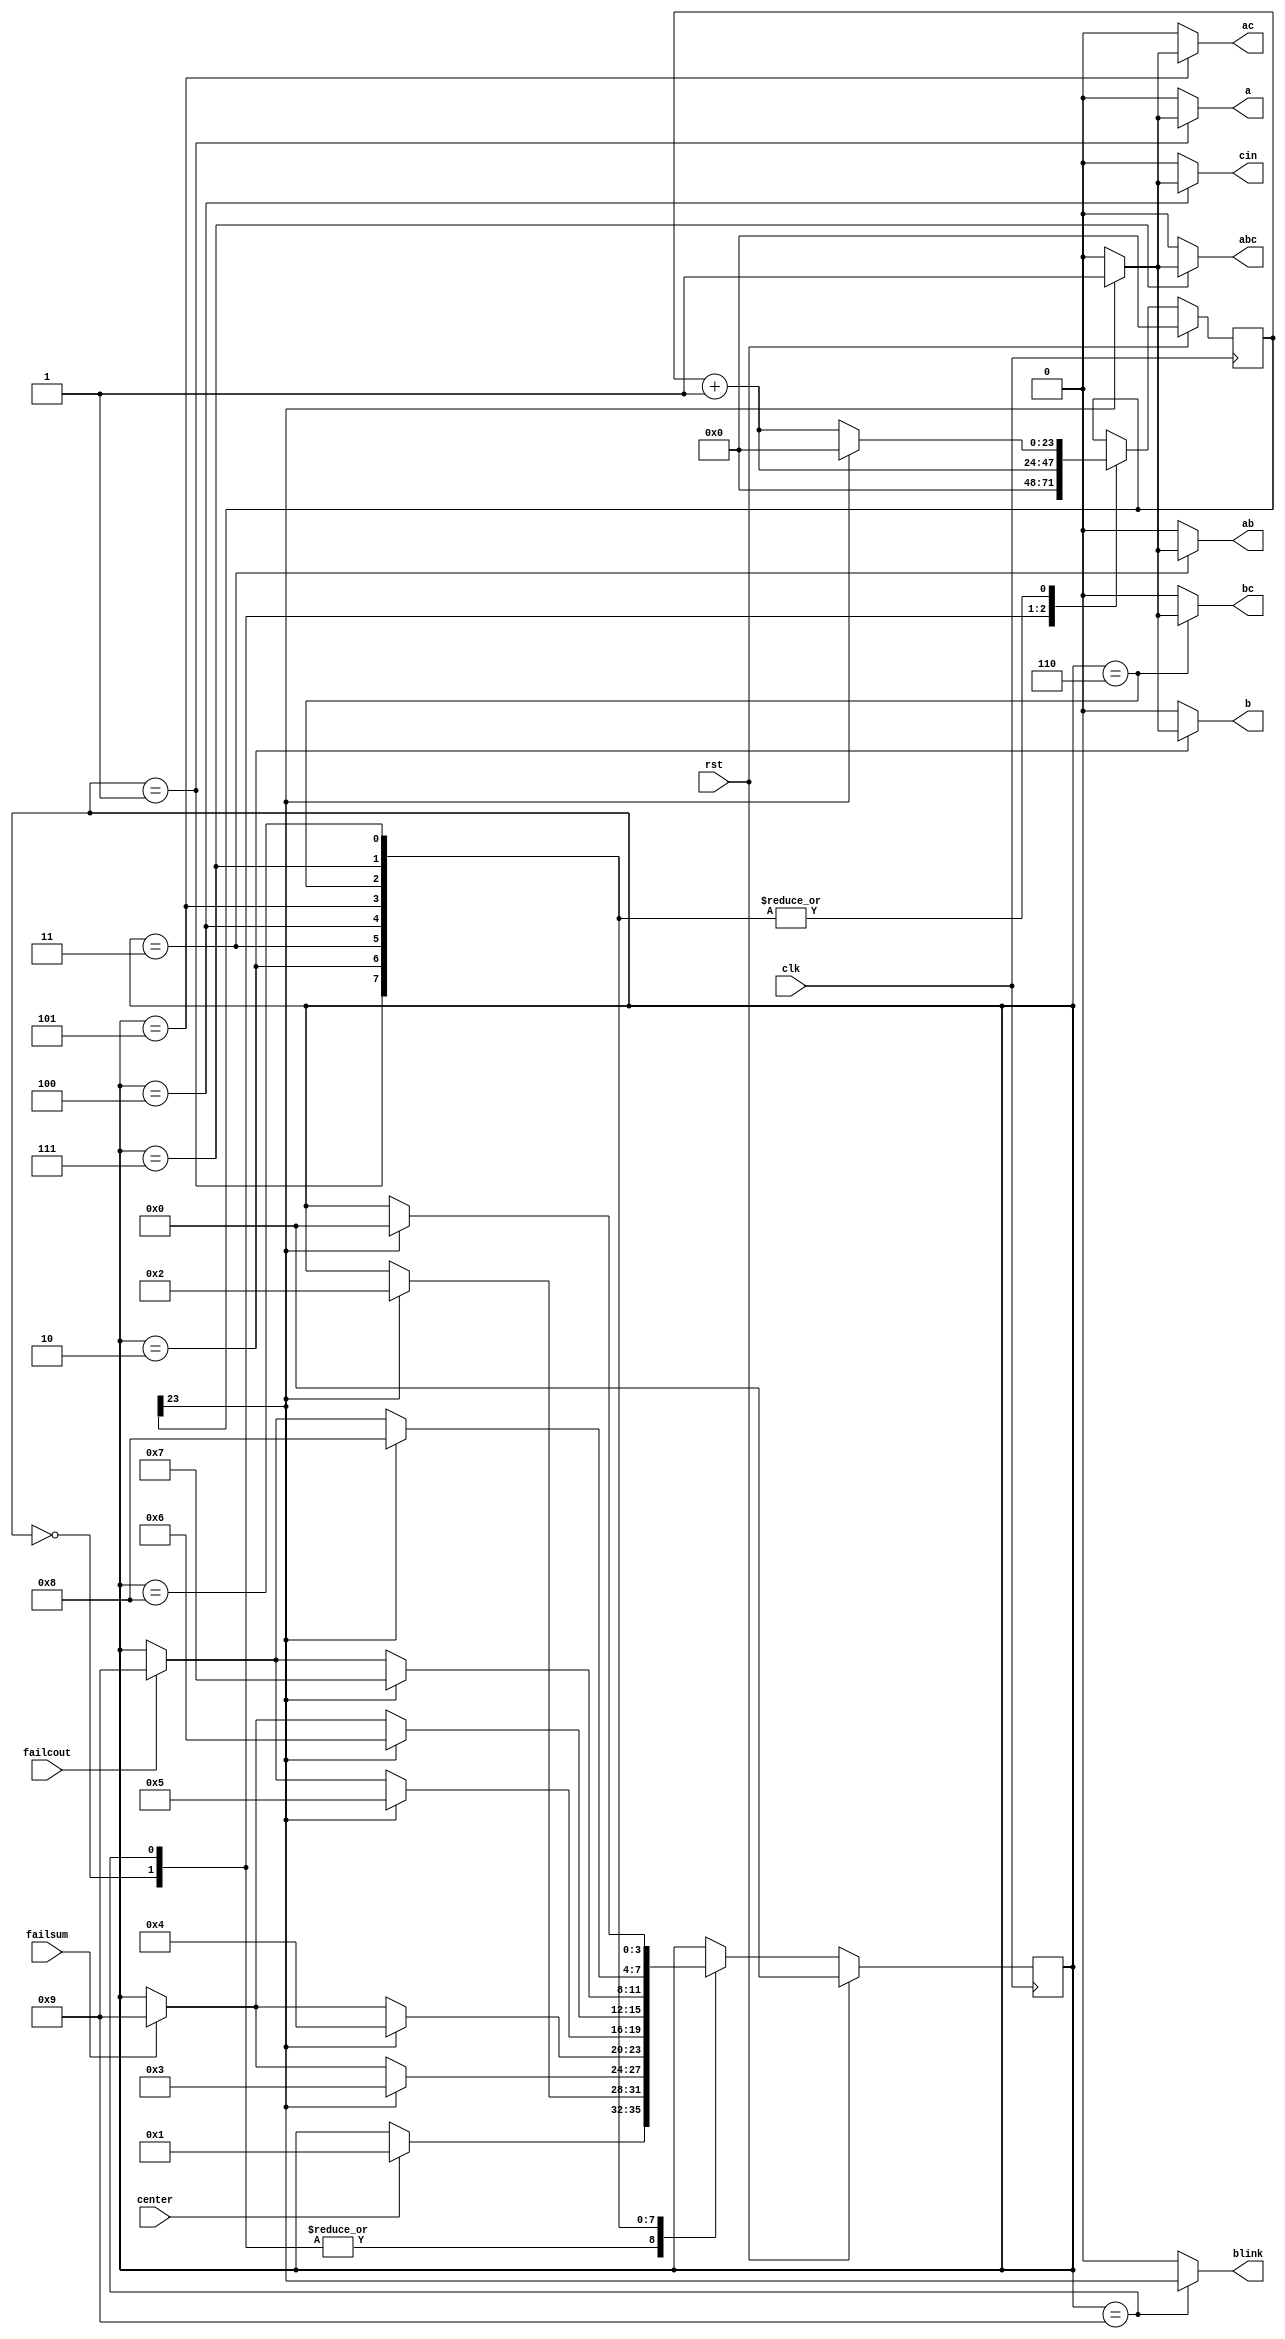
/*
   This file was generated automatically by the Mojo IDE version B1.3.6.
   Do not edit this file directly. Instead edit the original Lucid source.
   This is a temporary file and any changes made to it will be destroyed.
*/

module myFSM_2 (
    input clk,
    input rst,
    input center,
    input failsum,
    input failcout,
    output reg a,
    output reg b,
    output reg ab,
    output reg cin,
    output reg ac,
    output reg bc,
    output reg abc,
    output reg blink
  );
  
  
  
  localparam IDLE_state = 4'd0;
  localparam TEST_state = 4'd1;
  localparam A_state = 4'd2;
  localparam B_state = 4'd3;
  localparam AB_state = 4'd4;
  localparam CIN_state = 4'd5;
  localparam AC_state = 4'd6;
  localparam BC_state = 4'd7;
  localparam ABC_state = 4'd8;
  localparam FAILED_state = 4'd9;
  
  reg [3:0] M_state_d, M_state_q = IDLE_state;
  
  reg [23:0] M_counter_d, M_counter_q = 1'h0;
  
  always @* begin
    M_state_d = M_state_q;
    M_counter_d = M_counter_q;
    
    a = 1'h0;
    b = 1'h0;
    ab = 1'h0;
    cin = 1'h0;
    ac = 1'h0;
    bc = 1'h0;
    abc = 1'h0;
    blink = 1'h0;
    
    case (M_state_q)
      IDLE_state: begin
        M_counter_d = 1'h0;
        if (center) begin
          M_state_d = TEST_state;
        end
      end
      FAILED_state: begin
        M_counter_d = M_counter_q + 1'h1;
        blink = M_counter_q[23+0-:1];
        if (center) begin
          M_state_d = TEST_state;
        end
      end
      TEST_state: begin
        M_counter_d = M_counter_q + 1'h1;
        if (M_counter_q[23+0-:1]) begin
          M_counter_d = 1'h0;
          M_state_d = A_state;
          a = 1'h1;
          b = 1'h0;
          ab = 1'h0;
          cin = 1'h0;
          ac = 1'h0;
          bc = 1'h0;
          abc = 1'h0;
        end
      end
      A_state: begin
        M_counter_d = M_counter_q + 1'h1;
        if (failsum) begin
          M_state_d = FAILED_state;
        end
        if (M_counter_q[23+0-:1]) begin
          M_counter_d = 1'h0;
          M_state_d = B_state;
          a = 1'h0;
          b = 1'h1;
          ab = 1'h0;
          cin = 1'h0;
          ac = 1'h0;
          bc = 1'h0;
          abc = 1'h0;
        end
      end
      B_state: begin
        M_counter_d = M_counter_q + 1'h1;
        if (failsum) begin
          M_state_d = FAILED_state;
        end
        if (M_counter_q[23+0-:1]) begin
          M_counter_d = 1'h0;
          M_state_d = AB_state;
          a = 1'h0;
          b = 1'h0;
          ab = 1'h1;
          cin = 1'h0;
          ac = 1'h0;
          bc = 1'h0;
          abc = 1'h0;
        end
      end
      AB_state: begin
        M_counter_d = M_counter_q + 1'h1;
        if (failcout) begin
          M_state_d = FAILED_state;
        end
        if (M_counter_q[23+0-:1]) begin
          M_counter_d = 1'h0;
          M_state_d = CIN_state;
          a = 1'h0;
          b = 1'h0;
          ab = 1'h0;
          cin = 1'h1;
          ac = 1'h0;
          bc = 1'h0;
          abc = 1'h0;
        end
      end
      CIN_state: begin
        M_counter_d = M_counter_q + 1'h1;
        if (failsum) begin
          M_state_d = FAILED_state;
        end
        if (M_counter_q[23+0-:1]) begin
          M_counter_d = 1'h0;
          M_state_d = AC_state;
          a = 1'h0;
          b = 1'h0;
          ab = 1'h0;
          cin = 1'h0;
          ac = 1'h1;
          bc = 1'h0;
          abc = 1'h0;
        end
      end
      AC_state: begin
        M_counter_d = M_counter_q + 1'h1;
        if (failcout) begin
          M_state_d = FAILED_state;
        end
        if (M_counter_q[23+0-:1]) begin
          M_counter_d = 1'h0;
          M_state_d = BC_state;
          a = 1'h0;
          b = 1'h0;
          ab = 1'h0;
          cin = 1'h0;
          ac = 1'h0;
          bc = 1'h1;
          abc = 1'h0;
        end
      end
      BC_state: begin
        M_counter_d = M_counter_q + 1'h1;
        if (failcout) begin
          M_state_d = FAILED_state;
        end
        if (M_counter_q[23+0-:1]) begin
          M_counter_d = 1'h0;
          M_state_d = ABC_state;
          a = 1'h0;
          b = 1'h0;
          ab = 1'h0;
          cin = 1'h0;
          ac = 1'h0;
          bc = 1'h0;
          abc = 1'h1;
        end
      end
      ABC_state: begin
        M_counter_d = M_counter_q + 1'h1;
        if (M_counter_q[23+0-:1]) begin
          M_counter_d = 1'h0;
          M_state_d = IDLE_state;
          a = 1'h0;
          b = 1'h0;
          ab = 1'h0;
          cin = 1'h0;
          ac = 1'h0;
          bc = 1'h0;
          abc = 1'h0;
        end
      end
    endcase
  end
  
  always @(posedge clk) begin
    if (rst == 1'b1) begin
      M_counter_q <= 1'h0;
    end else begin
      M_counter_q <= M_counter_d;
    end
  end
  
  
  always @(posedge clk) begin
    if (rst == 1'b1) begin
      M_state_q <= 1'h0;
    end else begin
      M_state_q <= M_state_d;
    end
  end
  
endmodule